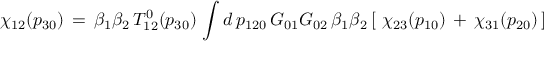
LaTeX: \chi _ { 1 2 } ( p _ { 3 0 } ) \, = \, \beta _ { 1 } \beta _ { 2 } \, T _ { 1 2 } ^ { 0 } ( p _ { 3 0 } ) \, \int d \, p _ { 1 2 0 } \, G _ { 0 1 } G _ { 0 2 } \, \beta _ { 1 } \beta _ { 2 } \, [ \, \, \chi _ { 2 3 } ( p _ { 1 0 } ) \, + \, \chi _ { 3 1 } ( p _ { 2 0 } ) \, ]